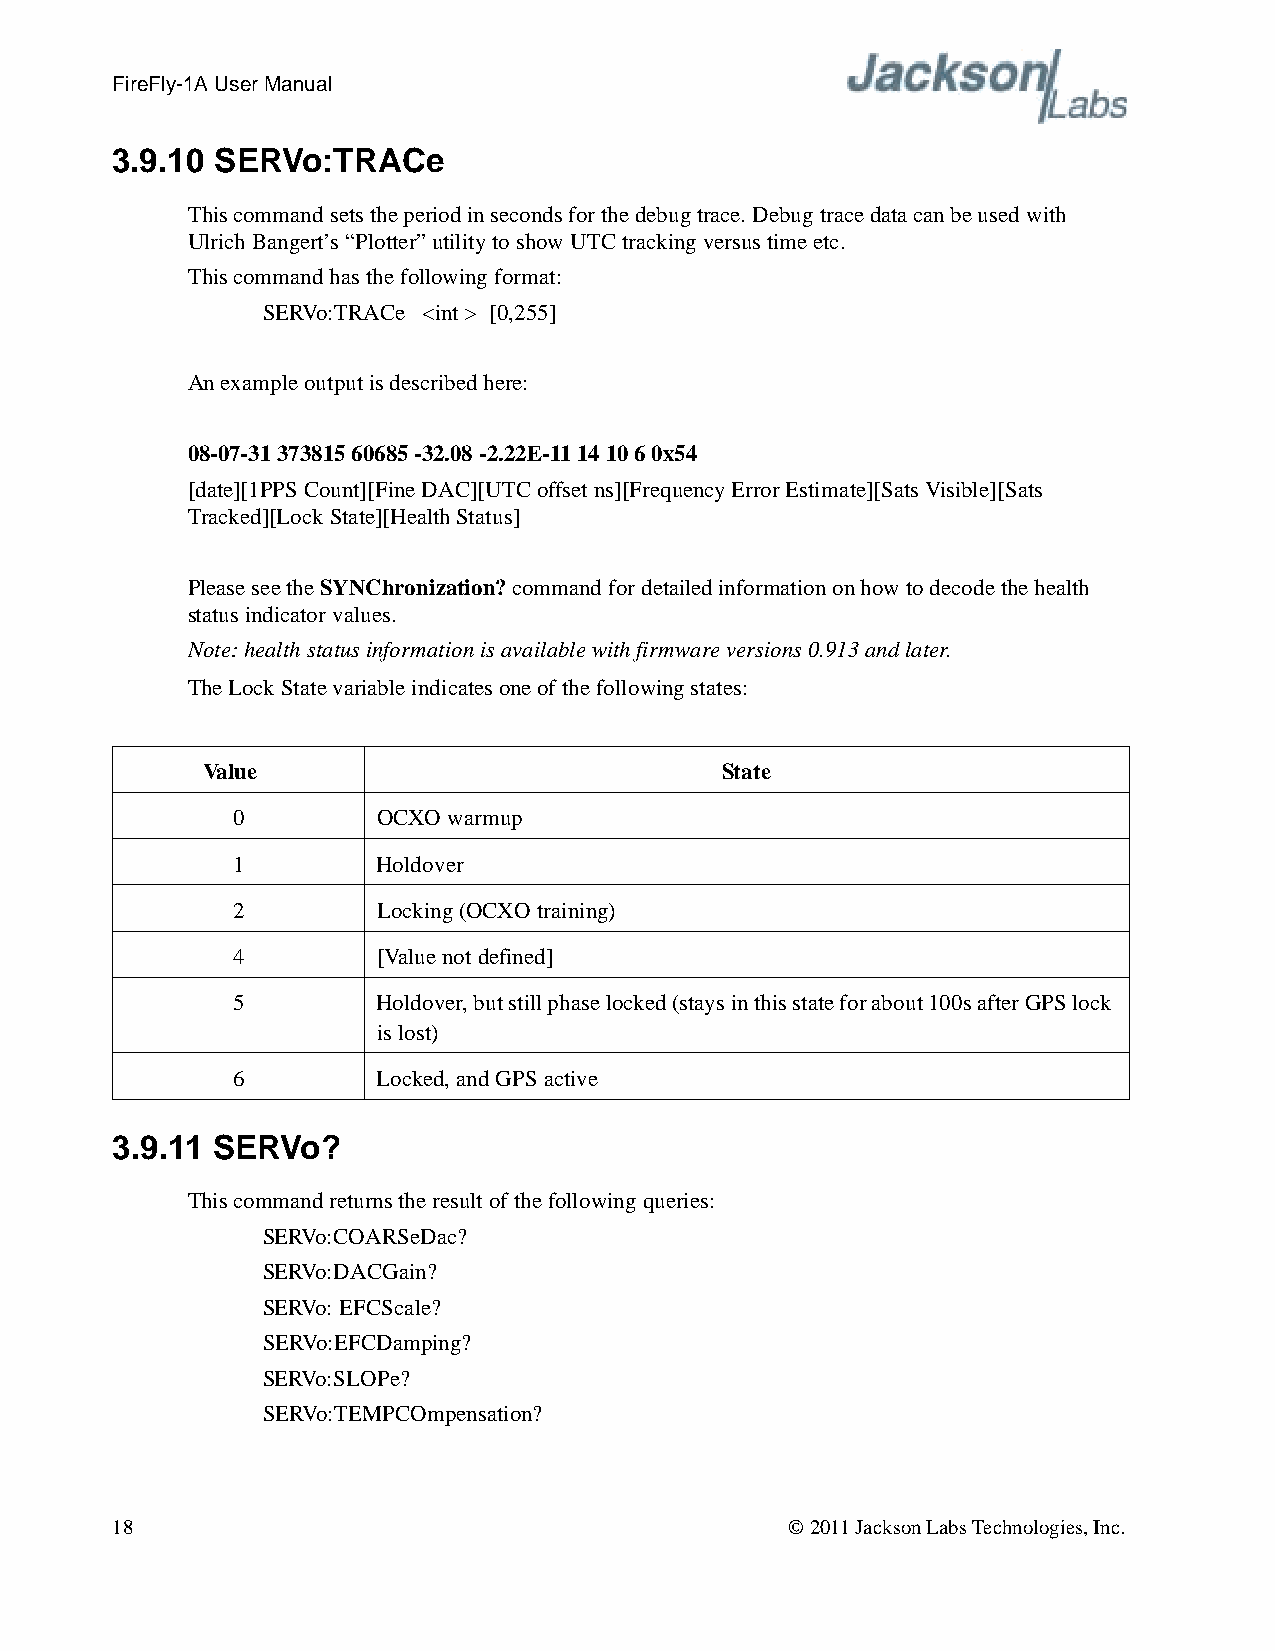
FireFly-1A User Manual
 3.9.10 SERVo:TRACe
 This command sets the period in seconds for the debug trace. Debug trace data can be used with
 Ulrich Bangert’s “Plotter” utility to show UTC tracking versus time etc.
 This command has the following format:
 SERVo:TRACe <int > [0,255]
 An example output is described here:
 08-07-31 373815 60685 -32.08 -2.22E-11 14 10 6 0x54
 [date][1PPS Count][Fine DAC][UTC offset ns][Frequency Error Estimate][Sats Visible][Sats
 Tracked][Lock State][Health Status]
 Please see the SYNChronization? command for detailed information on how to decode the health
 status indicator values.
 Note: health status information is available with firmware versions 0.913 and later.
 The Lock State variable indicates one of the following states:
 Value                              State
 0         OCXO warmup
 1         Holdover
 2         Locking (OCXO training)
 4         [Value not defined]
 5         Holdover, but still phase locked (stays in this state for about 100s afterGPSlock
 is lost)
 6         Locked, and GPS active
 3.9.11 SERVo?
 This command returns the result of the following queries:
 SERVo:COARSeDac?
 SERVo:DACGain?
 SERVo: EFCScale?
 SERVo:EFCDamping?
 SERVo:SLOPe?
 SERVo:TEMPCOmpensation?
 18                                           © 2011 Jackson Labs Technologies, Inc.